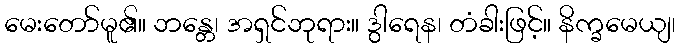
မေးတော်မူ၏။ ဘန္တေ၊ အရှင်ဘုရား။ ဒွါရေန၊ တံခါးဖြင့်။ နိက္ခမေယျ၊